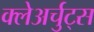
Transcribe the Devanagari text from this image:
क्लेअर्चुट्स